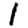
Digit: 1